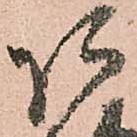
阿